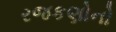
રજકણોનો